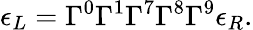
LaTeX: \epsilon_{L}=\Gamma^{0}\Gamma^{1}\Gamma^{7}\Gamma^{8}\Gamma^{9}\epsilon_{R}.